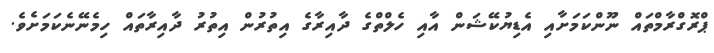
ޕްރޮގްރާމްތައް ނޫންކަމަށާއި އެޑިޔުކޭޝަން އާއި ހެލްތްގެ ދާއިރާގެ އިތުރުން އިތުރު ދާއިރާތައް ހިމެނޭނެކަމަށެވެ.